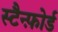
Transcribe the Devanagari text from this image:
स्टैन्फ़ोर्ड